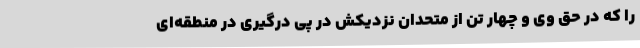
را که در حق وی و چهار تن از متحدان نزدیکش در پی درگیری در منطقه‌ای